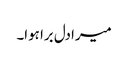
میرا دل برا ہوا۔